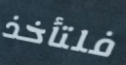
فلتأخذ